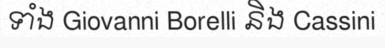
ទាំង Giovanni Borelli និង Cassini